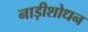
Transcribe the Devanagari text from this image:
नाड़ीशोधन